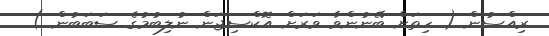
ރިއްސުން ( ހިތަށް ބޭނުންވާ ވަރަށް އޮކްސިޖަން ނުލިބުމުގެ ސަބަބުން )